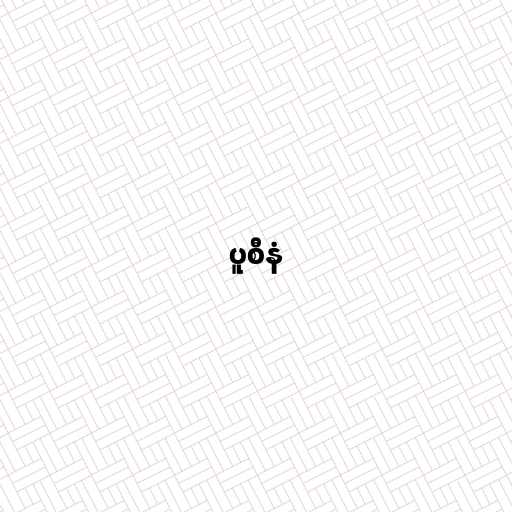
ပူစီနံ